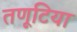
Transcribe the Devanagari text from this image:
तणूटिया